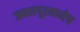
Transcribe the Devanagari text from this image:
जबलपूरमध्येच